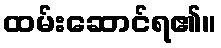
ထမ်းဆောင်ရ၏။